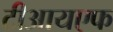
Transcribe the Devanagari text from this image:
टीआयएफ